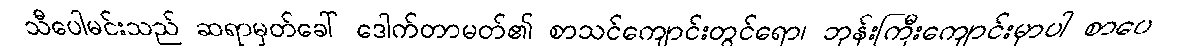
သီပေါမင်းသည် ဆရာမှတ်ခေါ် ဒေါက်တာမတ်၏ စာသင်ကျောင်းတွင်ရော၊ ဘုန်းကြီးကျောင်းမှာပါ စာပေ